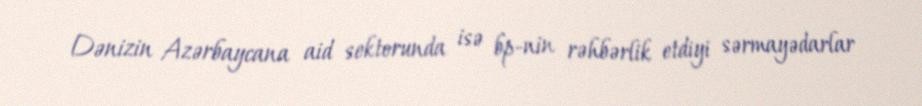
Dənizin Azərbaycana aid sektorunda isə bp-nin rəhbərlik etdiyi sərmayədarlar